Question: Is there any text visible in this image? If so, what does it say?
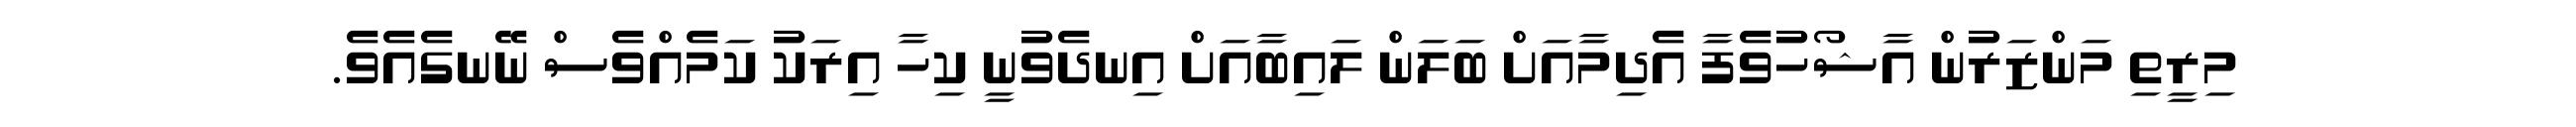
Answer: މިރީތި މަންޒަރުން އާޝޯހުވެފާ އެދިމާއަށް ބަލަން ލައިބާއަށް އިނދެވުނީ ކިހާ އިރަކު ކަމެއްވެސް ނޭނގެއެވެ.